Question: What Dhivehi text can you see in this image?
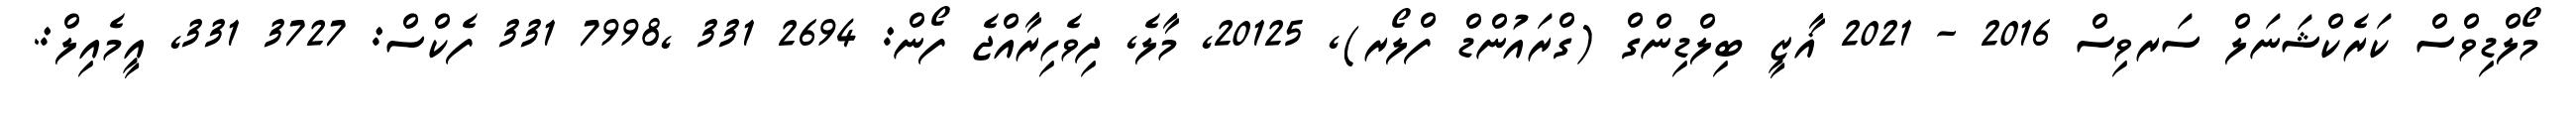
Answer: މޯލްޑިވްސް ކަރެކްޝަނަލް ސަރވިސް 2016 - 2021 ޣާޒީ ބިލްޑިންގް (ގްރައުންޑް ފްލޯރ), 20125, މާލެ, ދިވެހިރާއްޖެ ފޯން: 2694 331 ,7998 331 ފެކްސް: 3727 331, އީމެއިލް:.